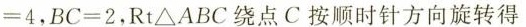
= 4$$，$$B C = 2$$，Rt△ABC绕点C按顺时针方向旋转得